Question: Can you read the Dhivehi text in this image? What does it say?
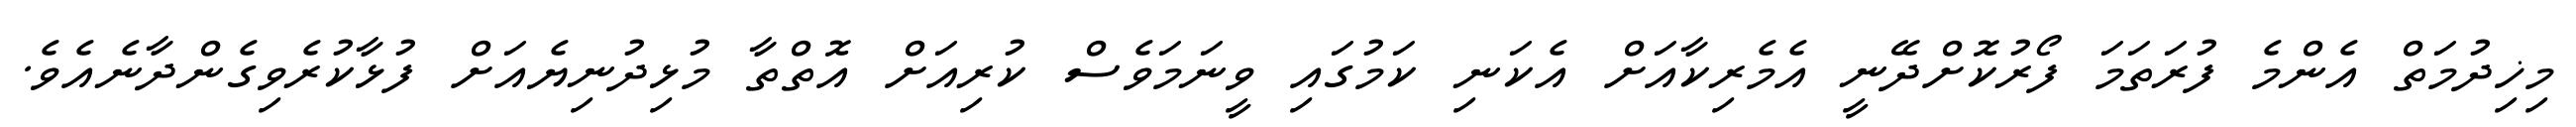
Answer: މިޚިދުމަތް އެންމެ ފުރަތަމަ ފޯރުކޮށްދޭނީ އެމެރިކާއަށް އެކަނި ކަމުގައި ވީނަމަވެސް ކުރިއަށް އޮތްތާ މުޅިދުނިޔެއަށް ފުޅާކުރެވިގެންދާނެއެވެ.